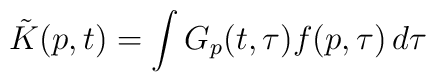
\tilde{K}(p,t)=\int G_{p}(t,\tau )f(p,\tau )\, d\tau \: